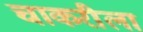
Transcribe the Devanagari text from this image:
चाकरीला